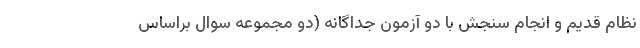
نظام قدیم و انجام سنجش با دو آزمون جداگانه (دو مجموعه سوال براساس